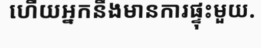
ហើយអ្នកនឹងមានការផ្ទុះមួយ.